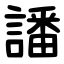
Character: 譒